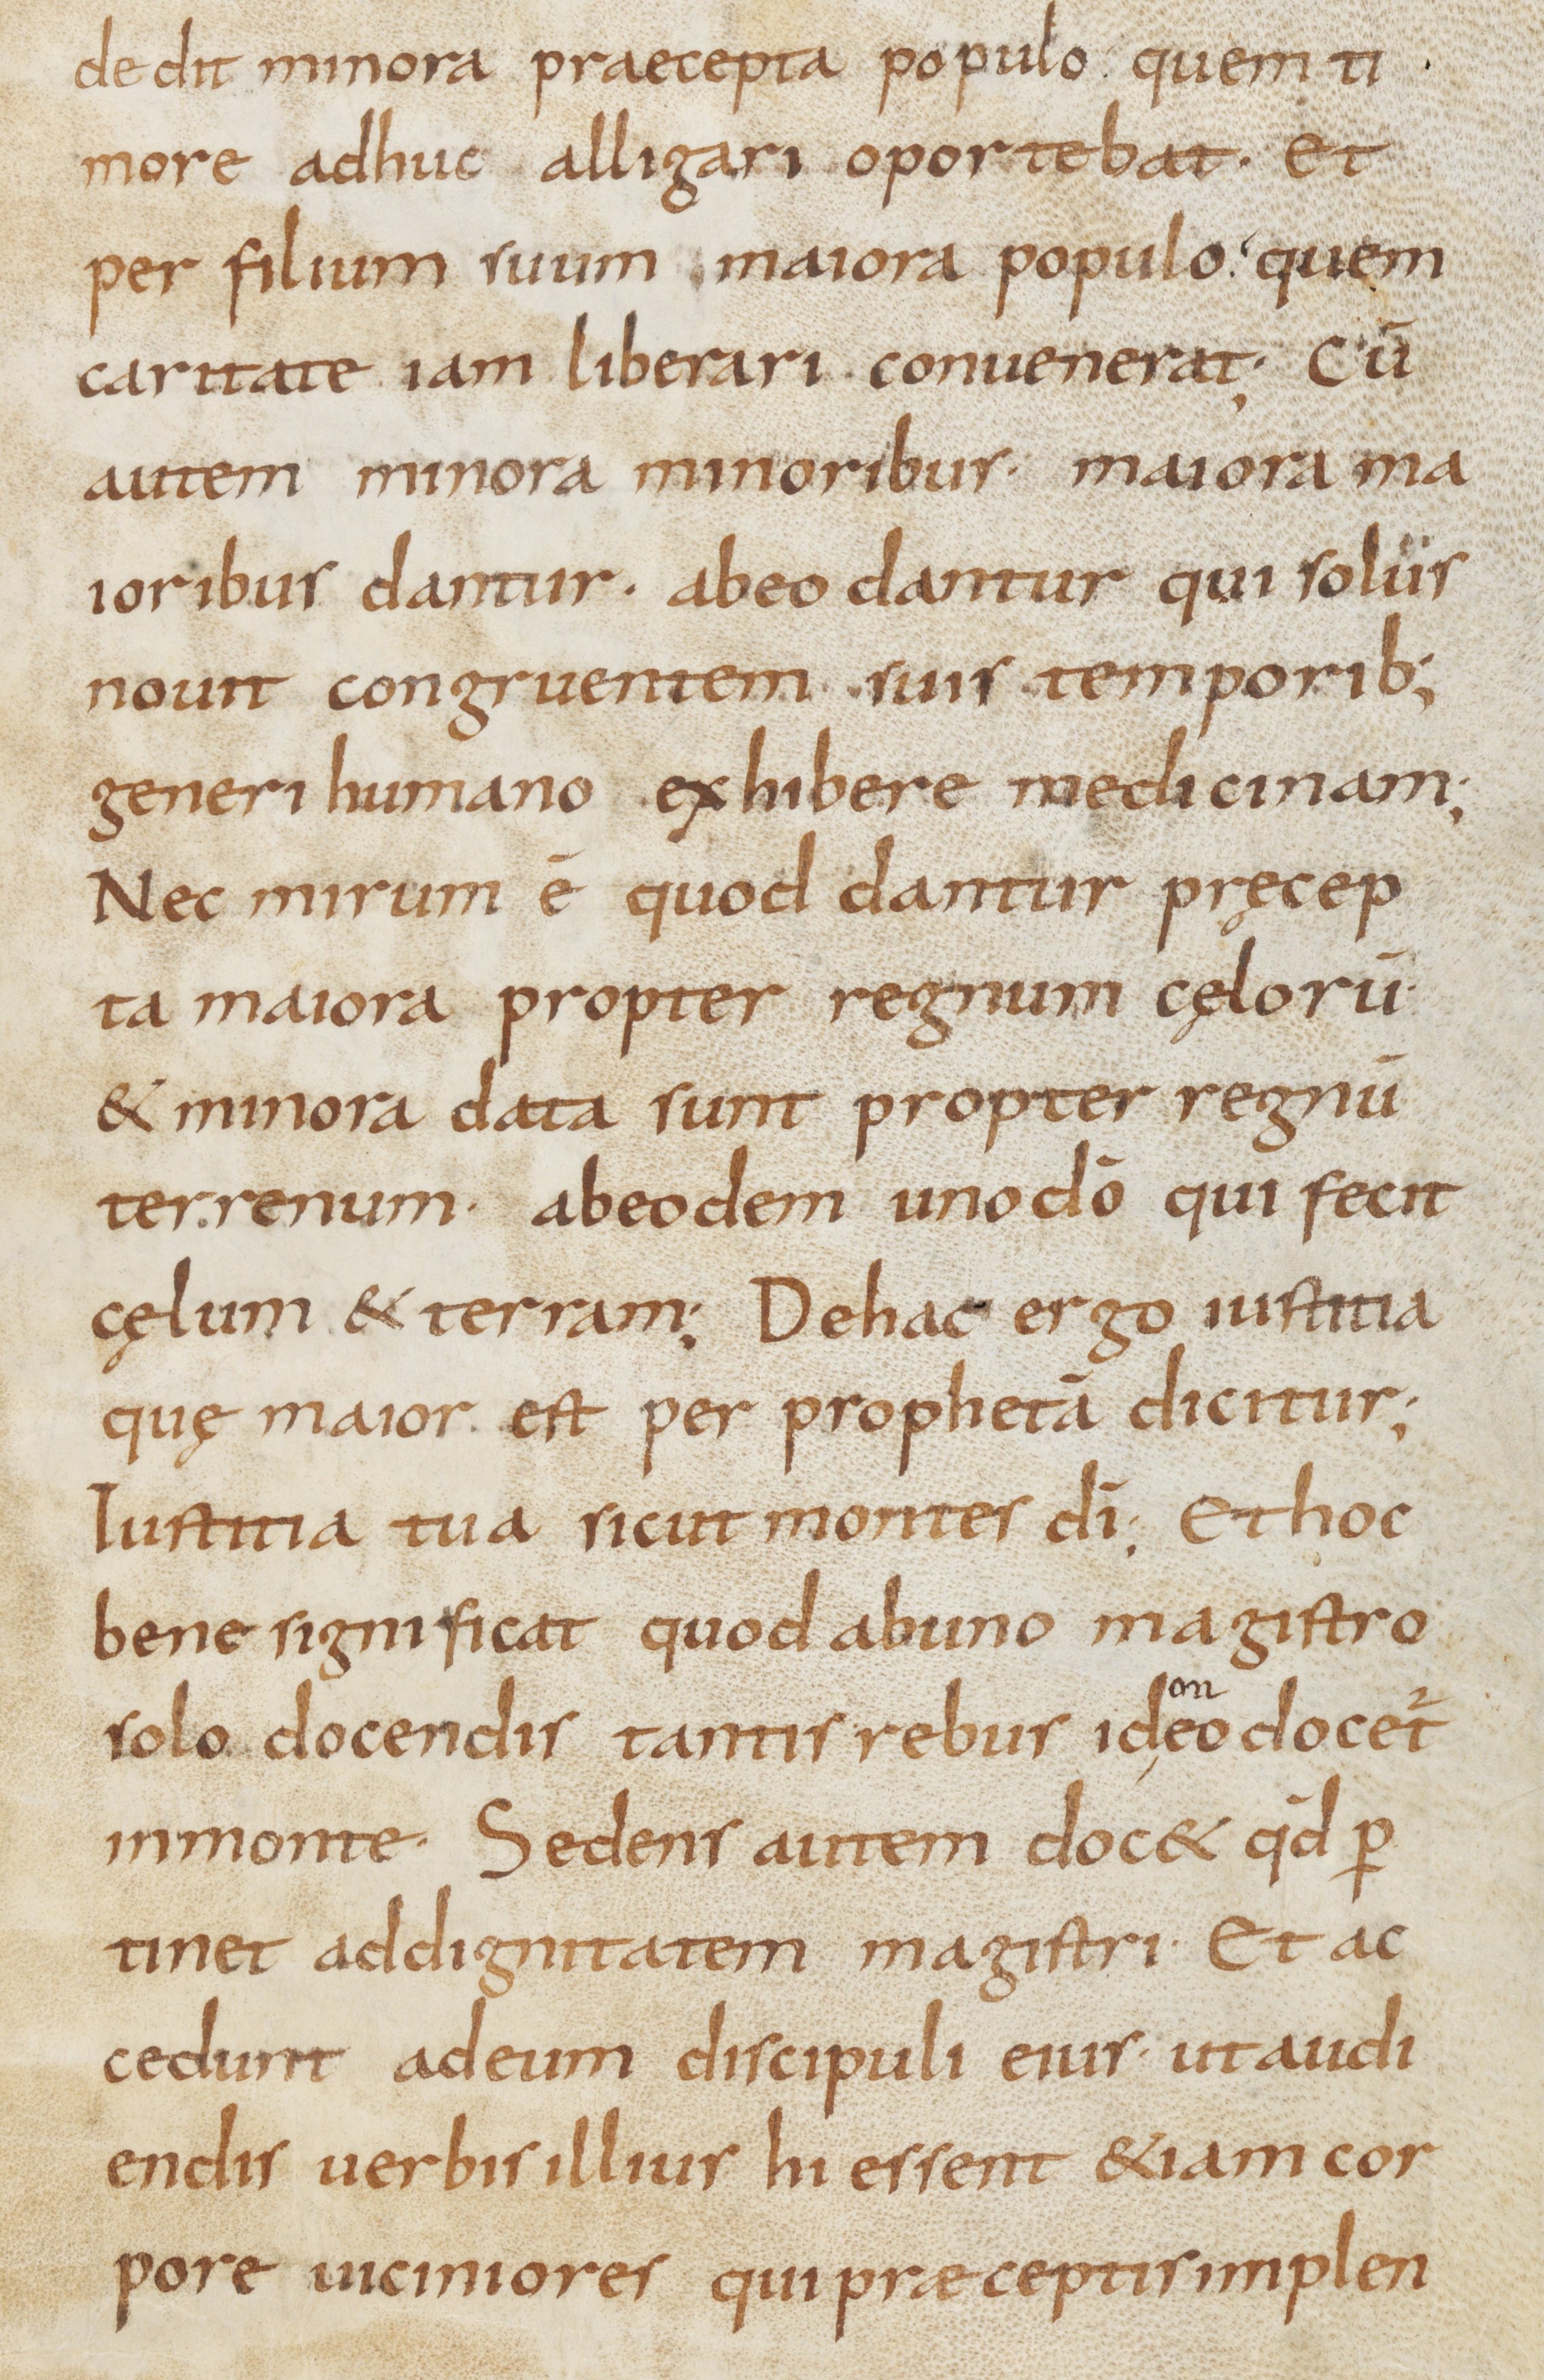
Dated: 800–899